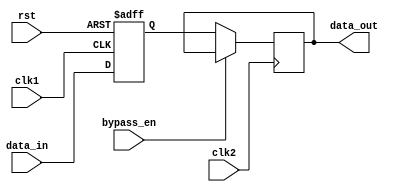
module variable_width_bypass_register (
    input wire clk1, // clock input for domain 1
    input wire clk2, // clock input for domain 2
    input wire rst, // asynchronous reset
    input wire bypass_en, // enable bypass functionality
    input wire [7:0] data_in, // input data
    output reg [7:0] data_out // output data
);

reg [7:0] storage_reg; // internal storage register

always @(posedge clk1 or posedge rst) begin
    if (rst) begin
        storage_reg <= 8'b0; // reset storage_reg to all zeros
    end else begin
        if (bypass_en) begin
            storage_reg <= data_in; // bypass data directly
        end else begin
            storage_reg <= data_in; // store data in the register
        end
    end
end

always @(posedge clk2) begin
    if (!bypass_en) begin
        data_out <= storage_reg; // output stored data
    end
end

endmodule